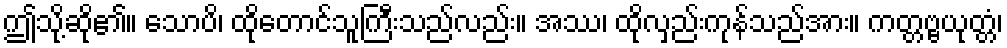
ဤသို့ဆို၏။ သောပိ၊ ထိုတောင်သူကြီးသည်လည်း။ အဿ၊ ထိုလှည်းကုန်သည်အား။ ကတ္တဗ္ဗယုတ္တံ၊